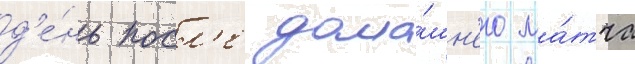
д'е́нь посл'е дома́шн'его ма́тча